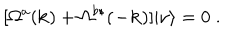
[ \Omega ^ { a } ( { \bf { k } } ) + \Omega ^ { b \star } ( { \bf { - k } } ) ] | { \nu } \rangle = 0 \; .